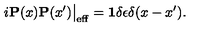
i { \bf P } ( x ) { \bf P } ( x ^ { \prime } ) \big | _ { \mathrm { e f f } } = { \bf 1 } \delta \epsilon \delta ( x - x ^ { \prime } ) .